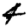
Digit: 4